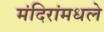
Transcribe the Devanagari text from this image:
मंदिरांमधले